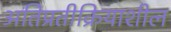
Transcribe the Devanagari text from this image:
अतिप्रतीक्रियाशील